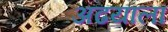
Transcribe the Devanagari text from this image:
अढयाला